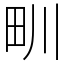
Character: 甽